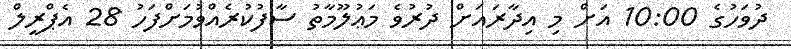
ދުވަހުގެ 10:00 އަށް މި އިދާރައަށް ދުރުވެ މަޢުލޫމާތު ސާފުކުރެއްވުމަށްފަހު 28 އެޕްރީލް